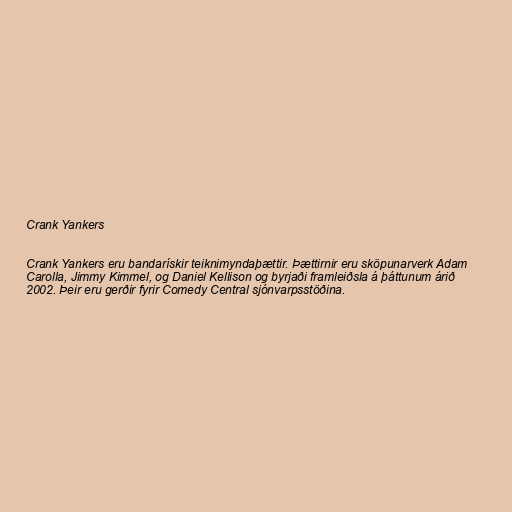
Crank Yankers

Crank Yankers eru bandarískir teiknimyndaþættir. Þættirnir eru sköpunarverk Adam
Carolla, Jimmy Kimmel, og Daniel Kellison og byrjaði framleiðsla á þáttunum árið
2002. Þeir eru gerðir fyrir Comedy Central sjónvarpsstöðina.